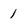
Character: 1